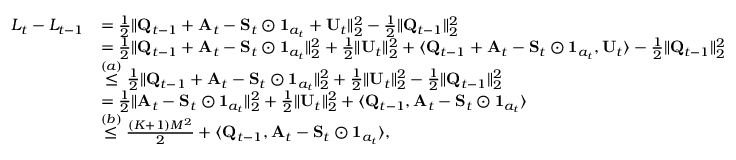
\begin{array} { r l } { L _ { t } - L _ { t - 1 } } & { = \frac 1 2 \lVert \mathbf Q _ { t - 1 } + \mathbf A _ { t } - \mathbf S _ { t } \odot \mathbf 1 _ { a _ { t } } + \mathbf U _ { t } \rVert _ { 2 } ^ { 2 } - \frac 1 2 \lVert \mathbf Q _ { t - 1 } \rVert _ { 2 } ^ { 2 } } \\ & { = \frac 1 2 \lVert \mathbf Q _ { t - 1 } + \mathbf A _ { t } - \mathbf S _ { t } \odot \mathbf 1 _ { a _ { t } } \rVert _ { 2 } ^ { 2 } + \frac 1 2 \lVert \mathbf U _ { t } \rVert _ { 2 } ^ { 2 } + \langle \mathbf Q _ { t - 1 } + \mathbf A _ { t } - \mathbf S _ { t } \odot \mathbf 1 _ { a _ { t } } , \mathbf U _ { t } \rangle - \frac 1 2 \lVert \mathbf Q _ { t - 1 } \rVert _ { 2 } ^ { 2 } } \\ & { \stackrel { ( a ) } \le \frac 1 2 \lVert \mathbf Q _ { t - 1 } + \mathbf A _ { t } - \mathbf S _ { t } \odot \mathbf 1 _ { a _ { t } } \rVert _ { 2 } ^ { 2 } + \frac 1 2 \lVert \mathbf U _ { t } \rVert _ { 2 } ^ { 2 } - \frac 1 2 \lVert \mathbf Q _ { t - 1 } \rVert _ { 2 } ^ { 2 } } \\ & { = \frac 1 2 \lVert \mathbf A _ { t } - \mathbf S _ { t } \odot \mathbf 1 _ { a _ { t } } \rVert _ { 2 } ^ { 2 } + \frac 1 2 \lVert \mathbf U _ { t } \rVert _ { 2 } ^ { 2 } + \langle \mathbf Q _ { t - 1 } , \mathbf A _ { t } - \mathbf S _ { t } \odot \mathbf 1 _ { a _ { t } } \rangle } \\ & { \stackrel { ( b ) } \le \frac { ( K + 1 ) M ^ { 2 } } 2 + \langle \mathbf Q _ { t - 1 } , \mathbf A _ { t } - \mathbf S _ { t } \odot \mathbf 1 _ { a _ { t } } \rangle , } \end{array}